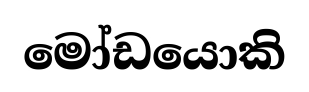
මෝඩයොකි